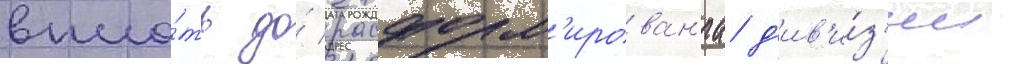
впло́ть до́ расформ'ирован'иа д'ив'и́з'ии